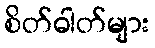
စိတ်ဓါတ်များ